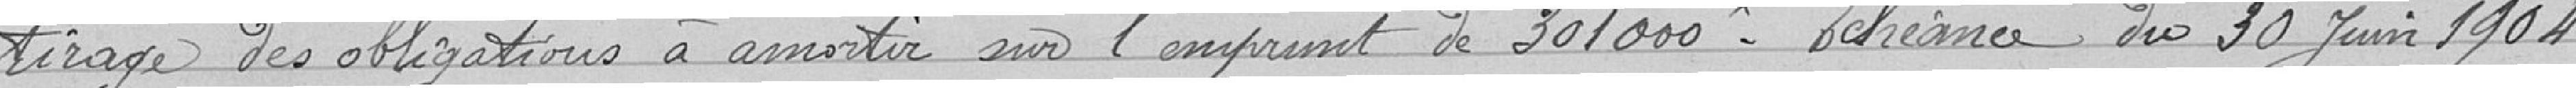
tirage des obligations à amortir sur l'emprunt de 301000. Échéance du 30 juin1904.